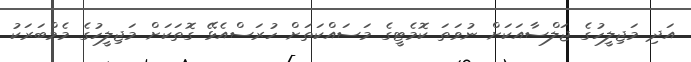
އަދި މަޖިލީހުގެ ޖަލްސާއަކަށް ނުވަތަ ކޮމެޓީގެ މަސައްކަތަށް ހުރަސްއެޅޭ ގޮތަކަށް މަޖިލީހުގެ މެމްބަރަކު